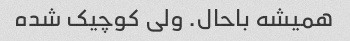
همیشه باحال. ولی کوچیک شده